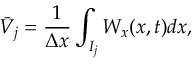
\Bar V _ { j } = \frac { 1 } { \Delta x } \int _ { I _ { j } } W _ { x } ( x , t ) d x ,